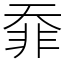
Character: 䨿